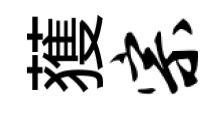
𫉬宗